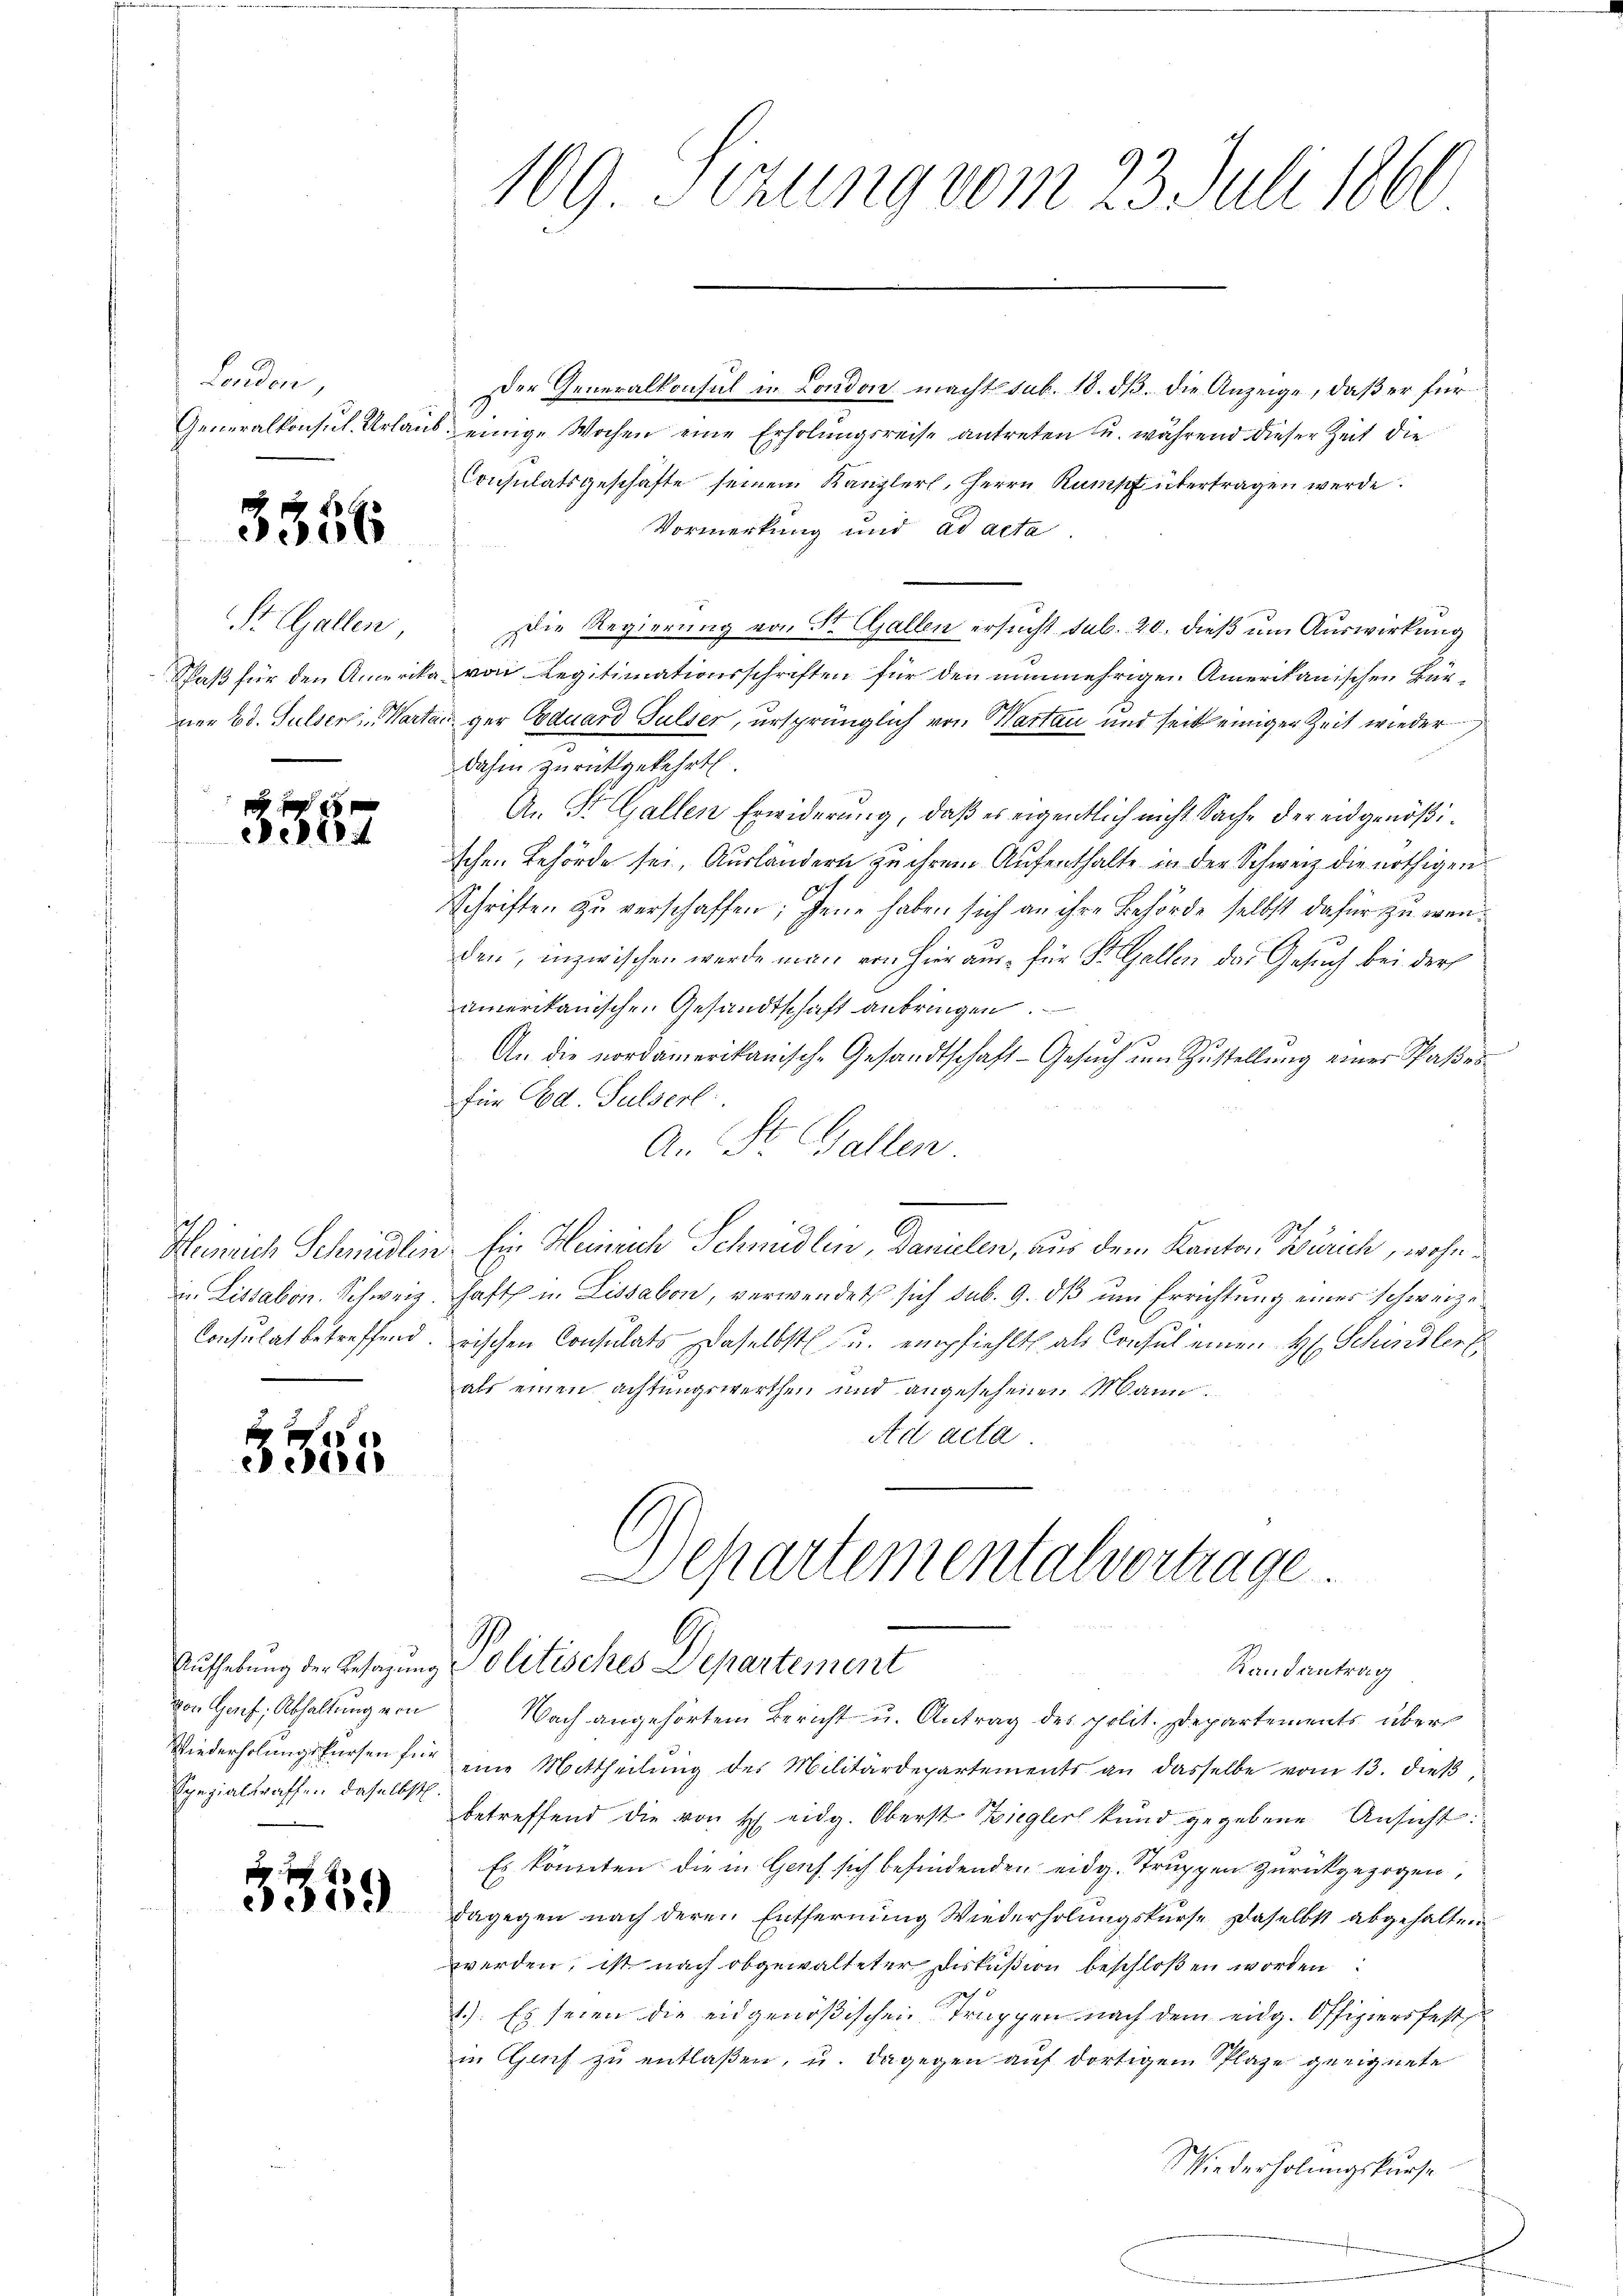
London,

3556

St. Gallen,
Schlaß für den Amerit
ner Ed. Sulserli, Mari

3882

3355

Epezialtraffen daselbst.
u

f
5359

Der Generalkonsul in London macht sub. 18. dβ. die Anzeige, daß er für
Generalkonsul Urlaub, einige Wochen eine Erholungsreise antreten u. während dieser Zeit die
Consulatsgeschäfte seinem Kanzlers, Herrn Rumpf übertragen werde.
Vormerkung und ad acta
Die Regierung von St. Gallen ersucht sub. 20. dieß um Auswirkung
ka von Legitimationsschriften für den nunmehrigen Amerikanischen Bürtan ger Coduard Gulser, ursprünglich von Hartan und seit einiger Zeit wieder
dahin zurückgekehrt.
A. St. Gallen Erwiderung, daß es eigentlich nicht Sache der eidgenößischen Behörde sei, Ausländern zu ihrem Aufenthalte in der Schweiz die nöthigen

Schriften zu verschaffen; jene haben sich an ihre Behörde selbst dafür zu wenden, inzwischen werde man von hier aus für St. Gallen das Gesuch bei der
amerikanischen Gesandtschaft anbringen.
An die nordamerikanische Gesandtschaft-Gesŭch ŭm Zŭstellŭng einer Waßer-
für Ed. Sulserl
An St. Gallen
Heinrich Schmidlin. Ein Heinrich Schmidlin, Danielen, aus dem Kanton Zürich, wohn¬
u. Lissabon. Schweiz. Haft u. Lissabon, verwendet sich sub. 9. dß um Errichtung eines schweize¬
Consulat betreffend. rischen Consulats daselbst u. empfiehlt als Consul einen H. Schindler
als einen achtungswerthen und angesehenen Mann.
Ad acta

von Genf, Abhaltung von Nach angehörtem Bericht u. Antrag des polit. Departements über
Wiederholungsfürsen für eine Mittheilŭng des Militärdepartements an dasselbe vom 13. dieβ,
betreffend die von H. eidg. Oberst Biegler kund gegebene Ansicht:
Es könnten die in Geich sich befindenden eidg. Struppen zurückgezogen,
dagegen nach deren Entfernung Wiederholungskurse daselbst abgehalten
werden, ist nach obgewalteter Diskußion beschloßen worden
1.) Es seien die eidgenößischen Truppen nach dem eidg. Offiziersfest
in Genf zu entlaßen, u. dagegen auf dortigem Splaze geeignete
Wiederholungskurse

109 Sizung vom 23. Juli 1866

Departementalvertrage
9.
Aufhebung der Besagung Politisches Departement
Randantrag